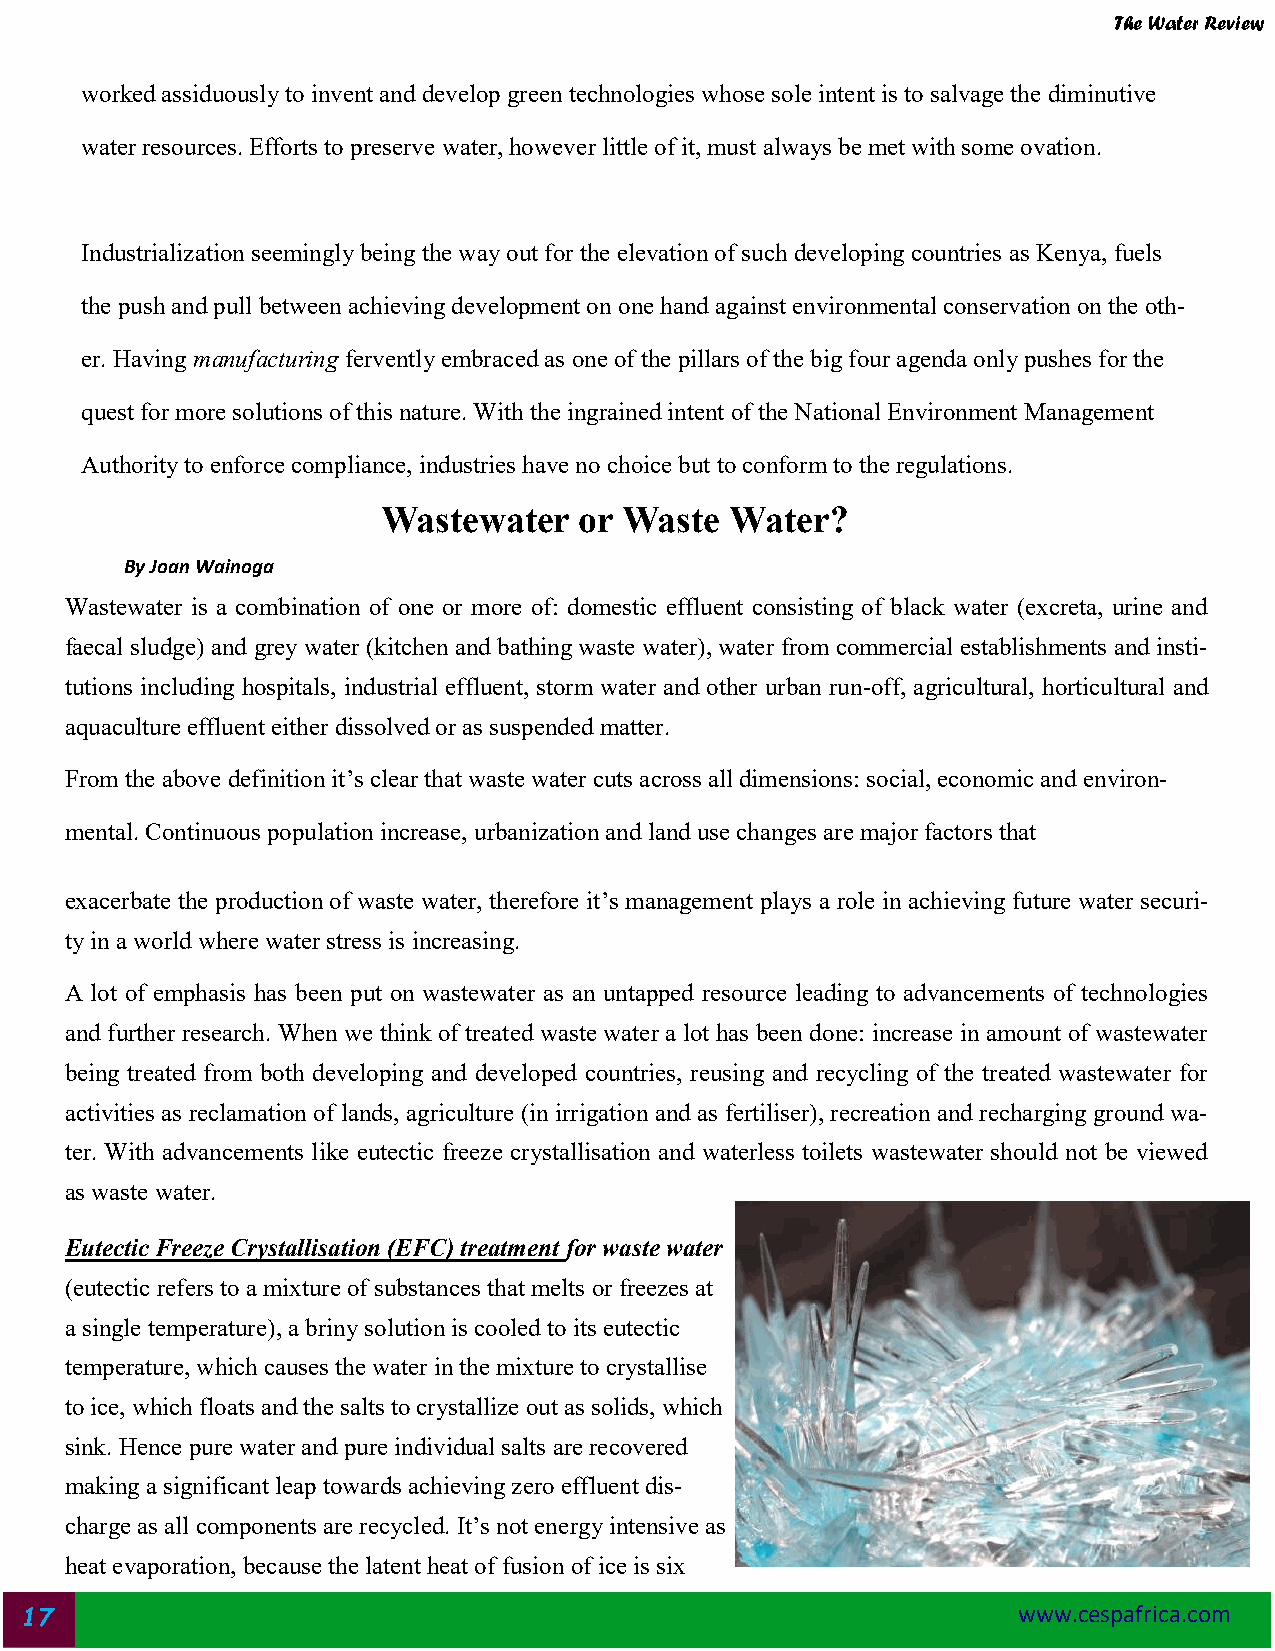
The Water Review
 worked assiduously to invent and develop green technologies whose sole intent is to salvage the diminutive
 water resources. Efforts to preserve water, however little of it, must always be met with some ovation.
 Industrialization seemingly being the way out for the elevation of such developing countries as Kenya, fuels
 the push and pull between achieving development on one hand against environmental conservation on the oth-
 er. Having manufacturing fervently embraced as one of the pillars of the big four agenda only pushes for the
 quest for more solutions of this nature. With the ingrained intent of the National Environment Management
 Authority to enforce compliance, industries have no choice but to conform to the regulations.
 Wastewater   or Waste  Water?
 By Joan Wainoga
 Wastewater is a combination of one or more of: domestic effluent consisting of black water (excreta, urine and
 faecal sludge) and grey water (kitchen and bathing waste water), water from commercial establishments and insti-
 tutions including hospitals, industrial effluent, storm water and other urban run-off, agricultural, horticultural and
 aquaculture effluent either dissolved or as suspended matter.
 From the above definition it’s clear that waste water cuts across all dimensions: social, economic and environ-
 mental. Continuous population increase, urbanization and land use changes are major factors that
 exacerbate the production of waste water, therefore it’s management plays a role in achieving future water securi-
 ty in a world where water stress is increasing.
 A lot of emphasis has been put on wastewater as an untapped resource leading to advancements of technologies
 and further research. When we think of treated waste water a lot has been done: increase in amount of wastewater
 being treated from both developing and developed countries, reusing and recycling of the treated wastewater for
 activities as reclamation of lands, agriculture (in irrigation and as fertiliser), recreation and recharging ground wa-
 ter. With advancements like eutectic freeze crystallisation and waterless toilets wastewater should not be viewed
 as waste water.
 Eutectic Freeze Crystallisation (EFC) treatment for waste water
 (eutectic refers to a mixture of substances that melts or freezes at
 a single temperature), a briny solution is cooled to its eutectic
 temperature, which causes the water in the mixture to crystallise
 to ice, which floats and the salts to crystallize out as solids, which
 sink. Hence pure water and pure individual salts are recovered
 making a significant leap towards achieving zero effluent dis-
 charge as all components are recycled. It’s not energy intensive as
 heat evaporation, because the latent heat of fusion of ice is six
 17                                                                www.cespafrica.com